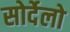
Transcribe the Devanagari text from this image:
सोर्देलो